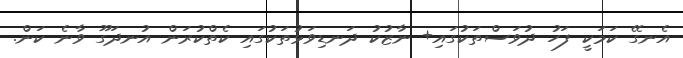
އެނގޭ ކަމަކީ ފަހު ދުވަސްތަކުގައި+ ނާޒުކު ދަނޑިވަޅުތަކުގައި ކެތްކުރަން އުނދަގޫ ވާނެ ކަން.